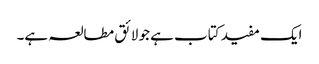
ایک مفید کتاب ہے جو لائق مطالعہ ہے۔